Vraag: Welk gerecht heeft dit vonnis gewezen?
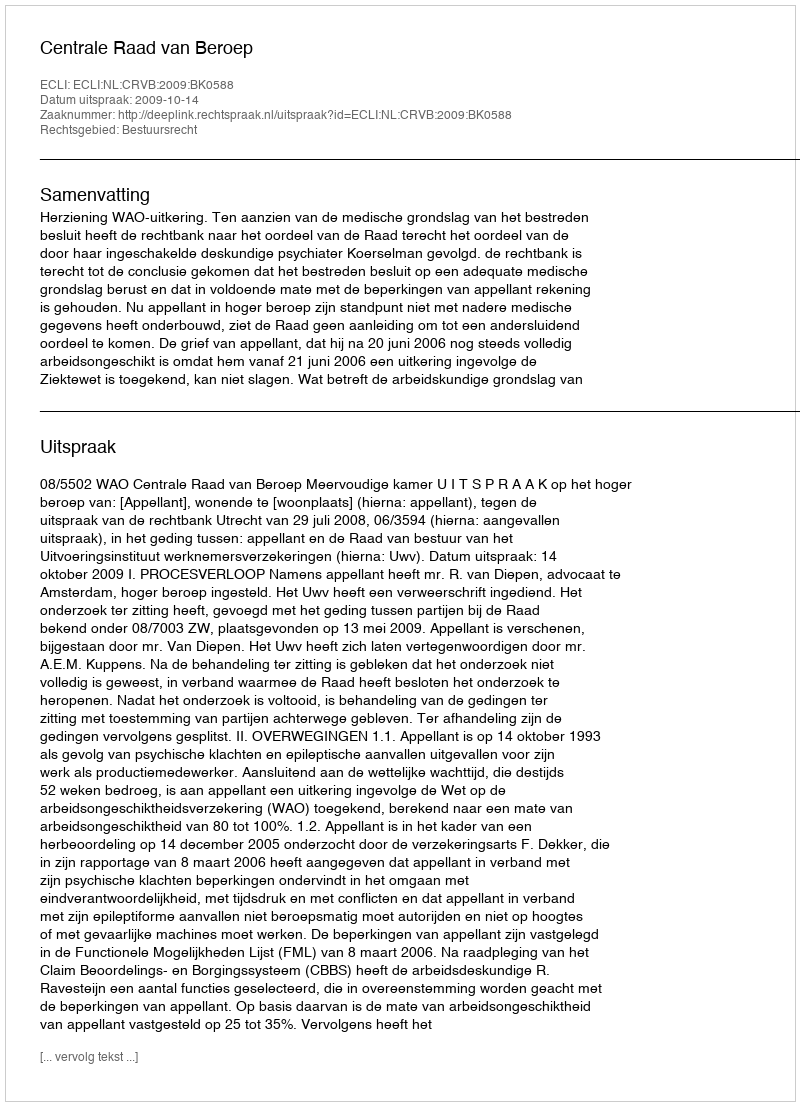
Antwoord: Centrale Raad van Beroep